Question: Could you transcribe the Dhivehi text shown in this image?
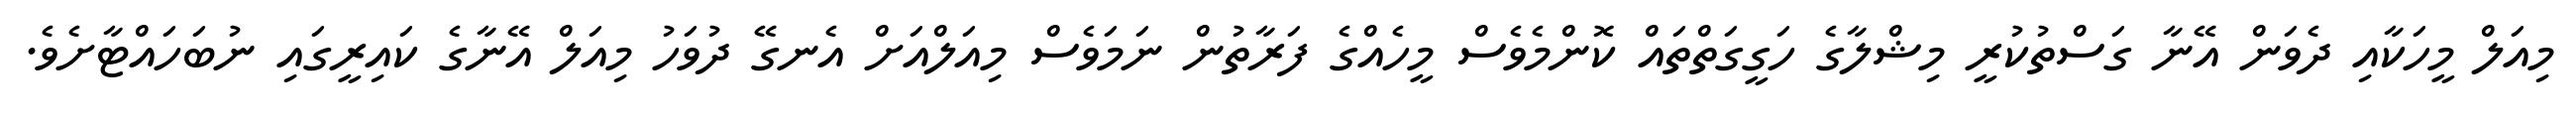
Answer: މިއަލް މީހަކާއި ދެވަން އޭނާ ގަސްތުކުރީ މިޝްލާގެ ހަގީގަތްތައް ކޮންމެވެސް މީހެއްގެ ފަރާތުން ނަމަވެސް މިއަލްއަށް އެނގޭ ދުވަހު މިއަލް އޭނާގެ ކައިރީގައި ނުބަހައްޓާށެވެ.